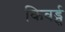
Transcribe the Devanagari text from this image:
किवर्ड्स